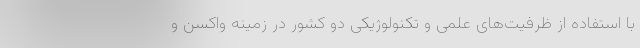
با استفاده از ظرفیت‌های علمی و تکنولوژیکی دو کشور در زمینه واکسن و